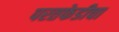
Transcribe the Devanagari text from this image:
परतफेडीचा